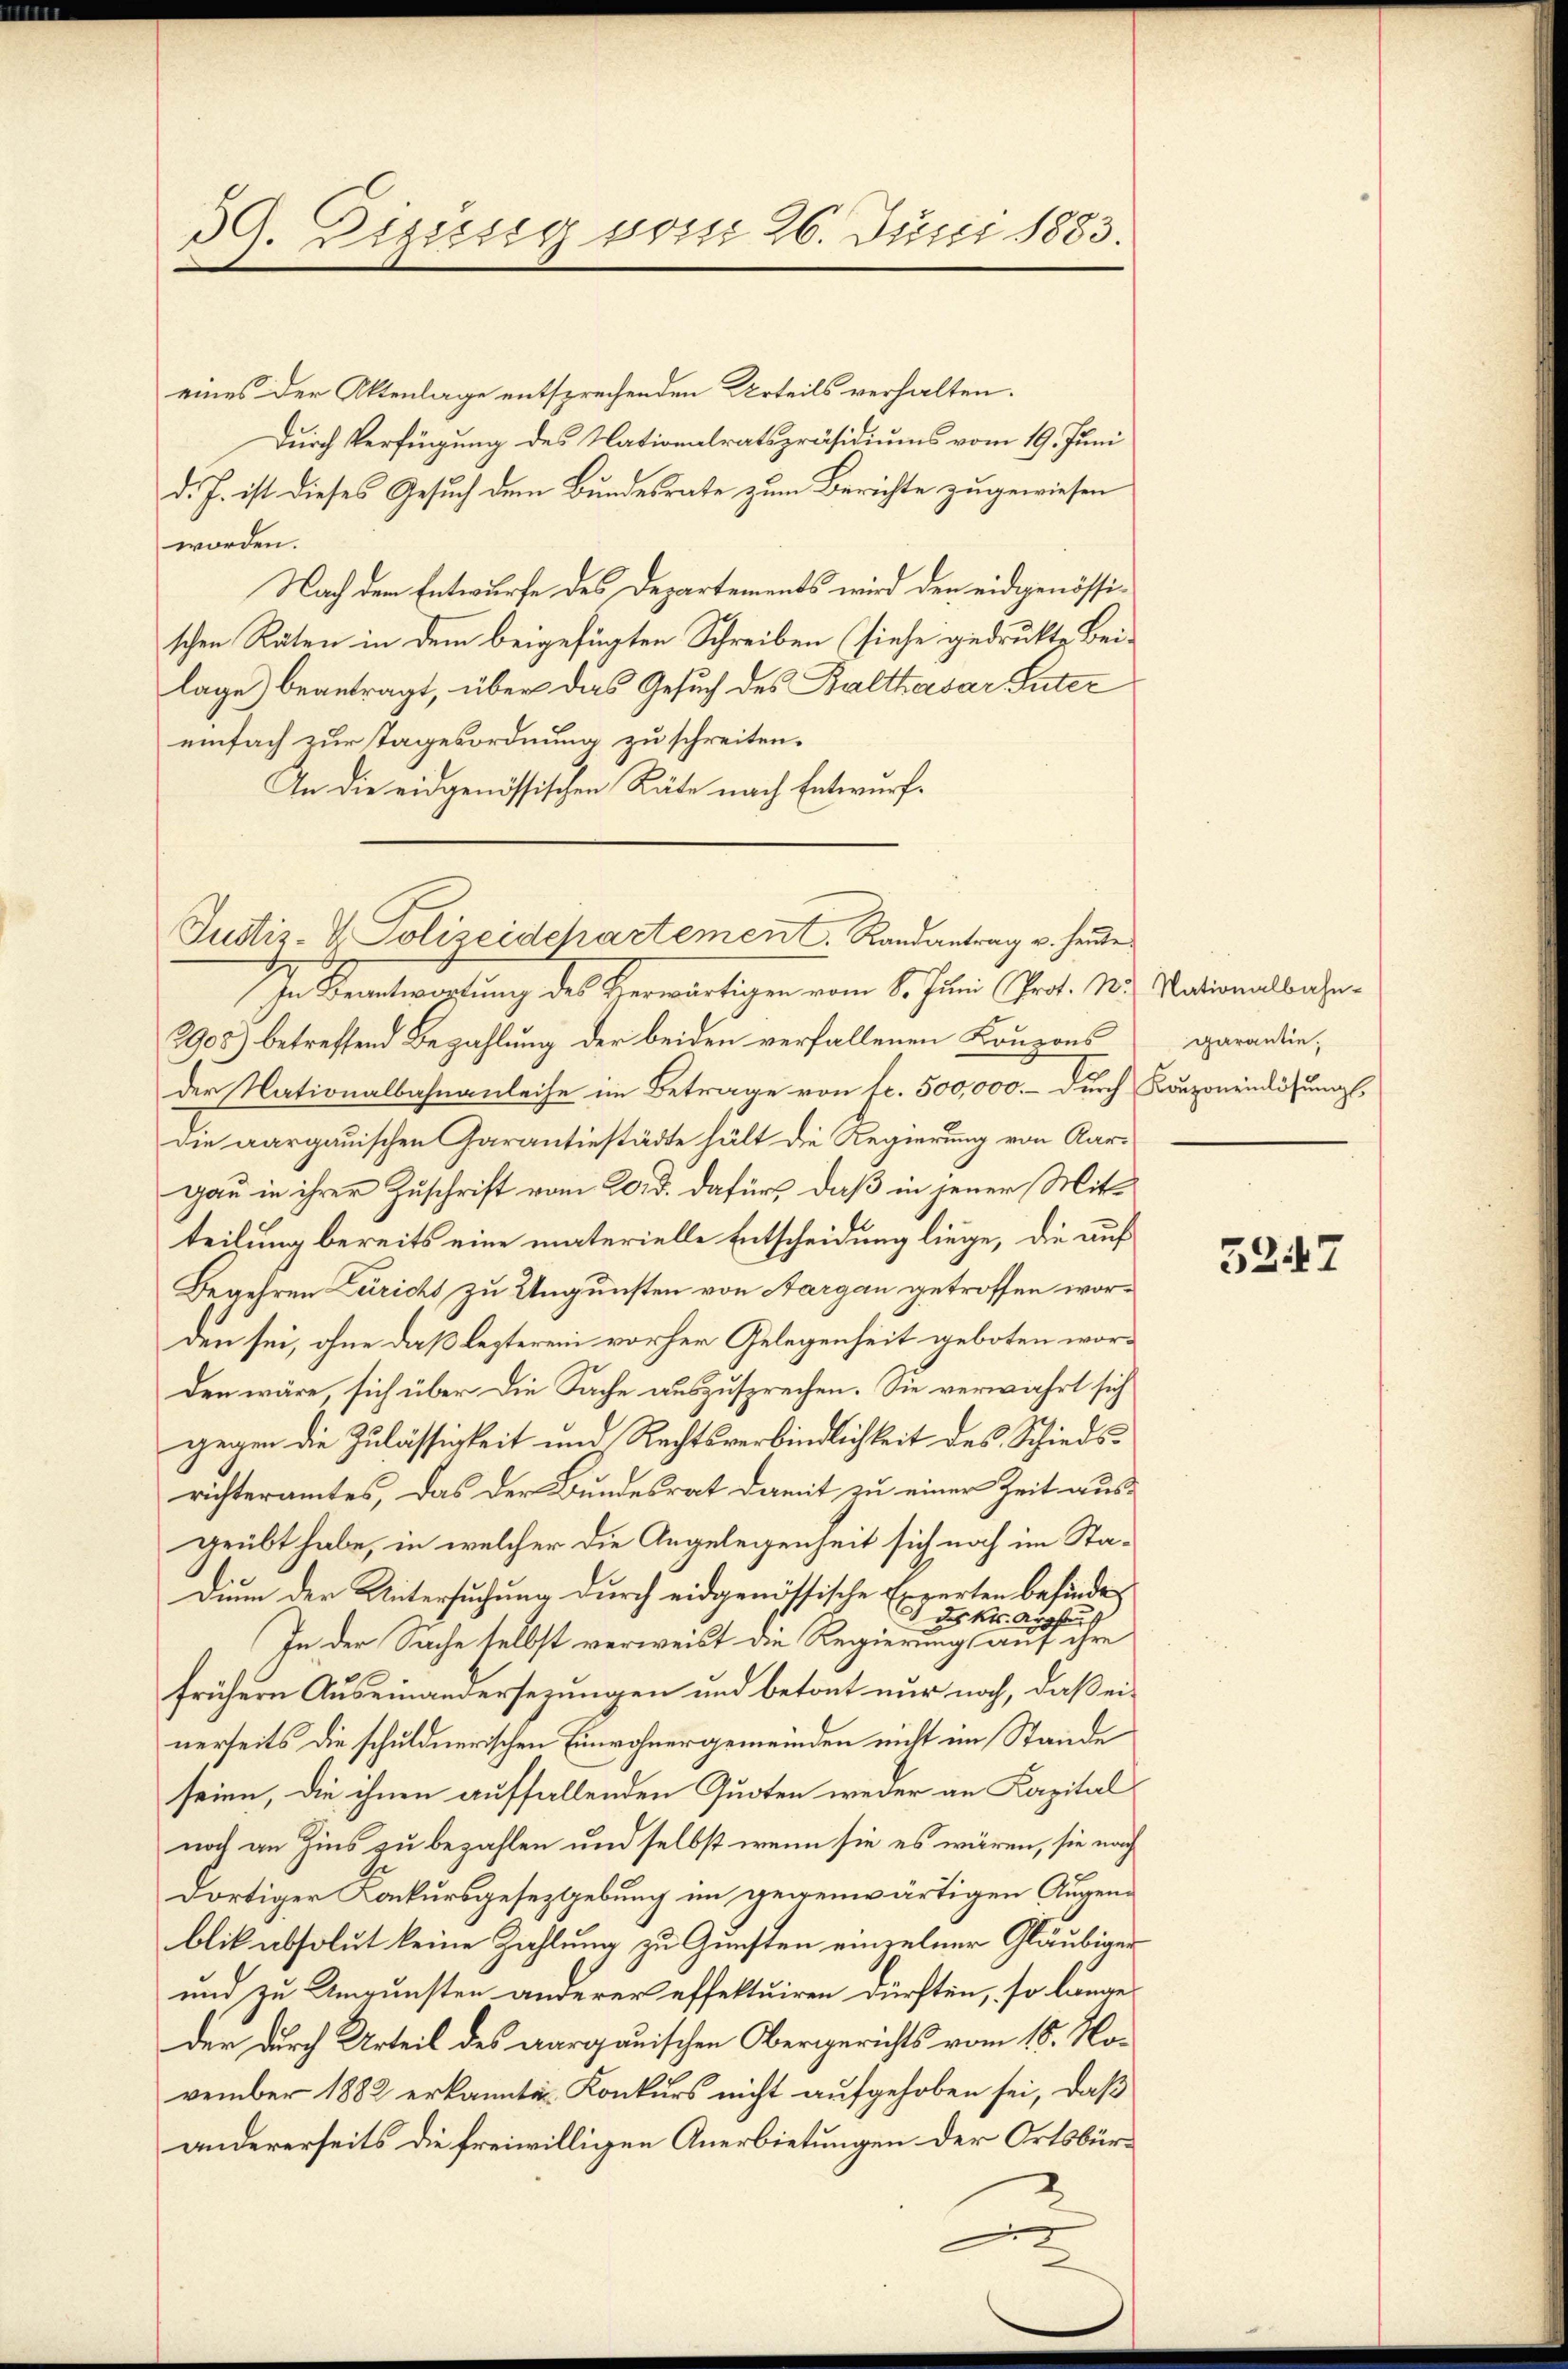
39. Beisig vom 26. Juni 1883.

eines der Aktenlage entsprechenden Urteils verhalten.
Durch Verfügung des Nationalratspräsidiums vom 19. Juni
d. J. ist dieses Gesuch dem Bundesrate zum Berichte zugewiesen
worden.
Nach dem Entwurfe des Departements wird den eidgenössischen Räten in dem beigefügten Schreiben (siehe gedruckte Beilage) beantragt, über das Gesuch des Balthasar Suter
einfach zur Tagesordnung zu schreiten.
An die eidgenössischen Räte nach Entwurf

Justiz-V. Polizeidepartement. Randantrag u. heute

In Beantwortung des Herwärtigen vom 6. Juni Prof. N. Nationalbahn¬
3908) betreffend Bezahlung der beiden verfallenen Koupons
der Nationalbahnanleihe im Betrage von fr. 500,000.- durch Bonzoneinlösung,
die aargauischen Garantiestädte hält die Regierung von Kargau in ihrer Zuschrift vom 20. d. dafür, daß in jener Mittteilung bereits eine materielle Entscheidung liege, die auf
Begehren Züricht zu Ungunsten von Sargau getroffen worden sei, ohne daß lezteren vorher Gelegenheit geboten worden wäre, sich über die Sache auszusprechen. Sie verwahrt sich
gegen die Zulässigkeit und Rechtsverbindlichkeit des Schiedsrichteramtes, das der Bundesrat damit zu einer Zeit aus-
geübt habe, in welcher die Angelegenheit sich noch im Sta¬
Dium der Untersuchung durch eidgenössische Experten befinde
des Kts. dir
e
uh
In der Sache selbst verweist die Regierung auf ihre
frühern Auseinandersezungen und betont nur noch, daß einerseits die schuldnerischen Einwohnergemeinden nicht im Stande
seien, die ihnen auffallenden Quoten weder an Kapital
noch an Zins zu bezahlen und selbst wenn sie es wären, sie nach
dortiger Konkursgeseztgebung im gegenwärtigen Augenblik absolut keine Zahlung zu Gunsten einzelner Gläubiger
und zu Umgunsten anderer effektuiren dürften, so länge
der durch Urteil des aargauischen Obergerichts vom 15. November 1882 erkannte Konkurs nicht aufgehoben sei, daß
andererseits die freiwilligen Anerbietungen der Ortsbür¬

garantie,

5247